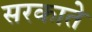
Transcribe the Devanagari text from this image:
सरकाते